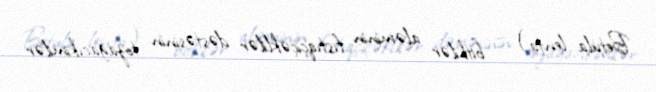
Betula lenta) — bitkilər aləminin fıstıqçiçəklilər dəstəsinin tozağacıkimilər